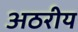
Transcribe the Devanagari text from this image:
अठरीय